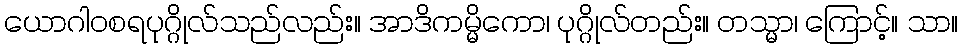
ယောဂါဝစရပုဂ္ဂိုလ်သည်လည်း။ အာဒိကမ္မိကော၊ ပုဂ္ဂိုလ်တည်း။ တသ္မာ၊ ကြောင့်။ သာ။